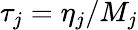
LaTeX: \tau_{j}=\eta_{j}/M_{j}